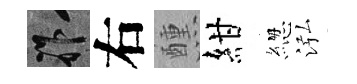
祚右醺紺緫泓